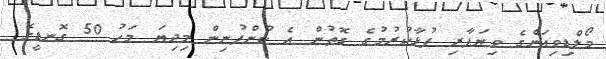
މޯލްޑިވިއަންގެ ވިޔަފާރި ފުޅާކުރުމުގެ ގޮތުން އެ ކުންފުނިން މިދިޔަ މަހު 50 ގޮނޑީގެ